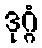
ဒုဂ္ဂံ